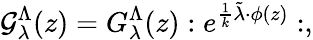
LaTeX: {\cal G}_{\lambda}^{\Lambda}(z)={G}_{\lambda}^{\Lambda}(z):e^{{{\frac{1}{k}}\tilde{\lambda}\cdot\phi(z)}}:,